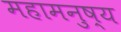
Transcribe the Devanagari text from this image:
महामनुष्य